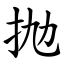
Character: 抛